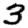
Digit: 3